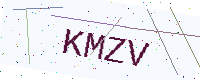
Text: KMZV